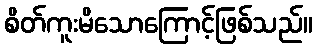
စိတ်ကူးမိသောကြောင့်ဖြစ်သည်။